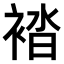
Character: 𧛆